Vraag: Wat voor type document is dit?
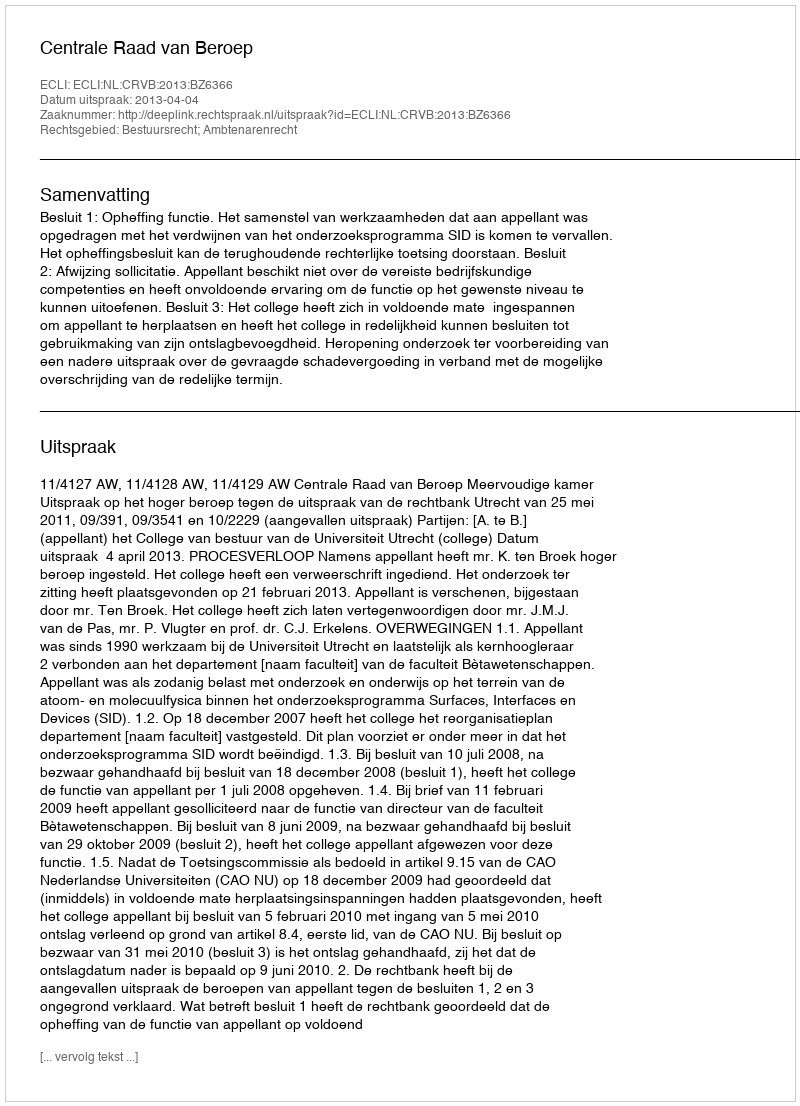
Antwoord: Uitspraak